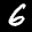
Label: 6